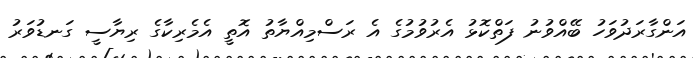
އަންގާރަދުވަހު ބޭއްވުނު ފަތްކޮޅު އެރުވުމުގެ އެ ރަސްމިއްޔާތު އޮތީ އެމެރިކާގެ ރިޔާސީ ގަނޑުވަރު